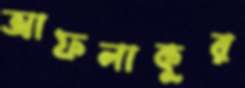
আফলাকুর